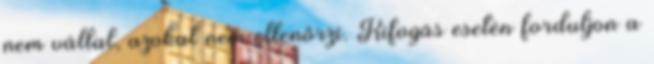
nem vállal, azokat nem ellenőrzi. Kifogás esetén forduljon a